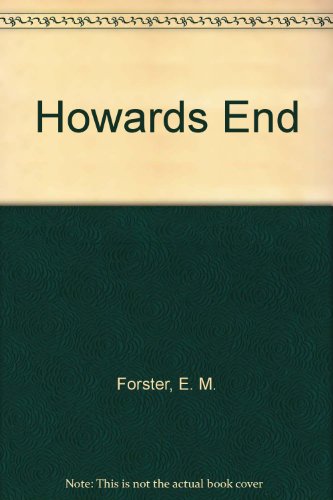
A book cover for Howards End; e forster; Crafts, Hobbies & Home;